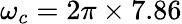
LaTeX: \omega_{c}=2\pi\times 7.86